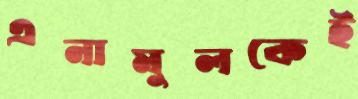
এনামুলকেই